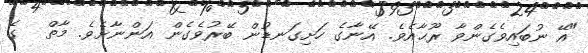
"އޭ ނުބައިވެގެންވާ ރޫޙާއެވެ. އޭނާގެ ހަށިގަނޑުން ބޭރުވެގެން އަންނާށެވެ. މާތް  ގެ